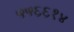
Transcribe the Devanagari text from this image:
५५६६१४